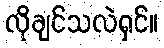
လိုချင်သလဲရှင်။